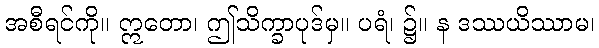
အစီရင်ကို။ ဣတော၊ ဤသိက္ခာပုဒ်မှ။ ပရံ၊ ၌။ န ဒဿယိဿာမ၊